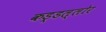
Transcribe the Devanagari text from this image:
कड्डल्लोर